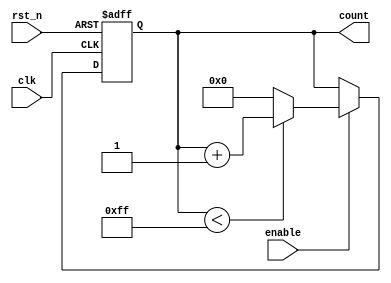
module parameterized_counter #(
    parameter WIDTH = 8,                // Width of the counter
    parameter MAX_COUNT = 255,          // Maximum count value for up counting
    parameter MIN_COUNT = 0,            // Minimum count value for down counting
    parameter UP_DOWN = 1,               // 1 for up counting, 0 for down counting
    parameter ASYNC_RESET = 1            // 1 for asynchronous reset
)(
    input wire clk,                      // Clock signal
    input wire rst_n,                    // Active low reset signal (if ASYNC_RESET = 1)
    input wire enable,                   // Enable signal for counting
    output reg [WIDTH-1:0] count        // Current count value
);

    // Internal variable to hold the next count value
    reg [WIDTH-1:0] next_count;

    // Synchronous or asynchronous reset logic
    always @(posedge clk or negedge rst_n) begin
        if (!rst_n) begin
            count <= 0;                   // Reset the count to 0
        end else if (enable) begin
            count <= next_count;          // Update the count
        end
    end

    // Counting logic
    always @(*) begin
        if (enable) begin
            if (UP_DOWN) begin
                // Up counting
                if (count < MAX_COUNT) begin
                    next_count = count + 1;
                end else begin
                    next_count = 0;         // Overflow, wrap around
                end
            end else begin
                // Down counting
                if (count > MIN_COUNT) begin
                    next_count = count - 1;
                end else begin
                    next_count = MAX_COUNT;  // Underflow, wrap around
                end
            end
        end else begin
            next_count = count;              // Hold current count if not enabled
        end
    end

endmodule